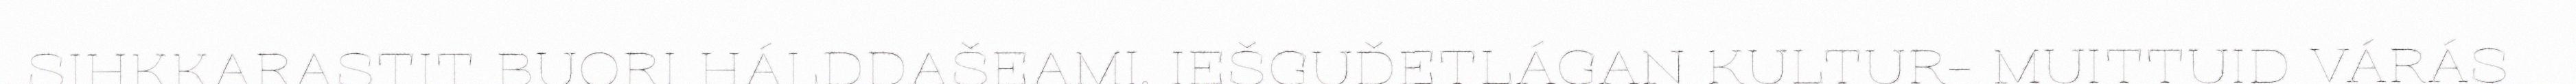
SIHKKARASTIT BUORI HÁLDDAŠEAMI. IEŠGUĐETLÁGAN KULTUR- MUITTUID VÁRÁS